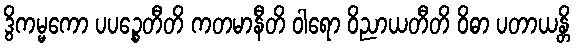
ဒွိကမ္မကော ပပဉ္စေတီတိ ကတမာနီတိ ဝါရော ဝိညာယတီတိ ဝိဓာ ပတာယန္တိ